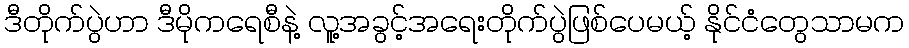
ဒီတိုက်ပွဲဟာ ဒီမိုကရေစီနဲ့ လူ့အခွင့်အရေးတိုက်ပွဲဖြစ်ပေမယ့် နိုင်ငံတွေသာမက